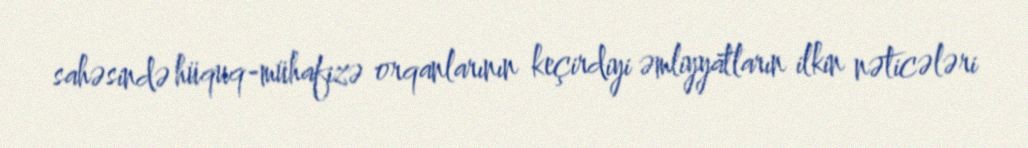
sahəsində hüquq-mühafizə orqanlarının keçirdiyi əmliyyatların ilkin nəticələri